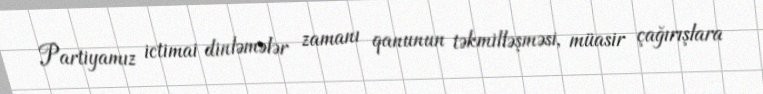
Partiyamız ictimai dinləmələr zamanı qanunun təkmilləşməsi, müasir çağırışlara